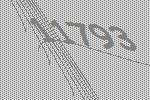
11793